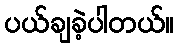
ပယ်ချခဲ့ပါတယ်။